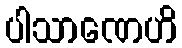
ပါသာဏေဟိ